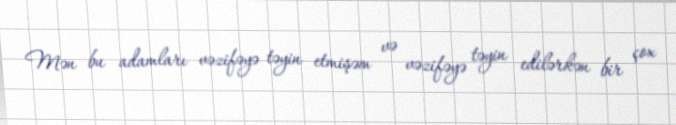
Mən bu adamları vəzifəyə təyin etmişəm və vəzifəyə təyin edilərkən bir çox